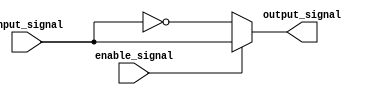
module active_low_buffer (
    input input_signal,
    input enable_signal,
    output reg output_signal
);

always @* begin
    if (enable_signal == 0) begin
        output_signal = ~input_signal;
    end else begin
        output_signal = input_signal;
    end
end

endmodule